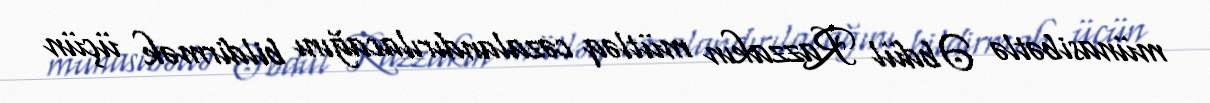
münasibətlə Əbdül Razzakın mütləq cəzalandırılacağını bildirmək üçün